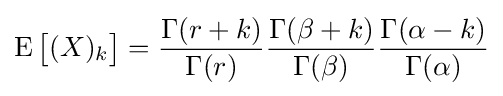
\operatorname {E} {\bigl [}(X)_{k}{\bigr ]}={\frac {\Gamma (r+k)}{\Gamma (r)}}{\frac {\Gamma (\beta +k)}{\Gamma (\beta )}}{\frac {\Gamma (\alpha -k)}{\Gamma (\alpha )}}